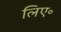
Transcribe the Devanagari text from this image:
लिए॰